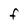
Character: F